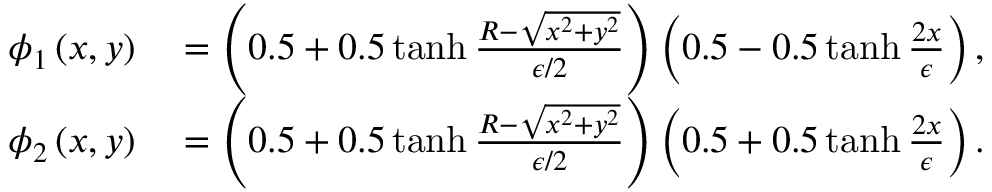
\begin{array} { r l } { \phi _ { 1 } \left( x , y \right) } & { { } = \left( 0 . 5 + 0 . 5 \operatorname { t a n h } \frac { R - \sqrt { x ^ { 2 } + y ^ { 2 } } } { \epsilon / 2 } \right) \left( 0 . 5 - 0 . 5 \operatorname { t a n h } \frac { 2 x } { \epsilon } \right) , } \\ { \phi _ { 2 } \left( x , y \right) } & { { } = \left( 0 . 5 + 0 . 5 \operatorname { t a n h } \frac { R - \sqrt { x ^ { 2 } + y ^ { 2 } } } { \epsilon / 2 } \right) \left( 0 . 5 + 0 . 5 \operatorname { t a n h } \frac { 2 x } { \epsilon } \right) . } \end{array}